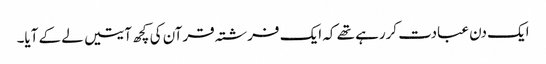
ایک دن عبادت کررہے تھے کہ ایک فرشتہ قرآن کی کچھ آیتیں لے کے آیا۔